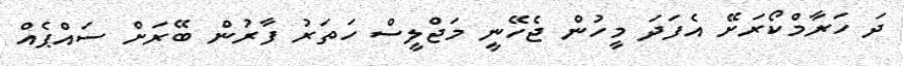
ދަ ހަރާމްކޯރަށޭ އެފަދަ މީހުން ޖެހޭނީ މަޖްލީސް ހަތަރު ފާރުން ބޭރަށް ސައްޕެއް